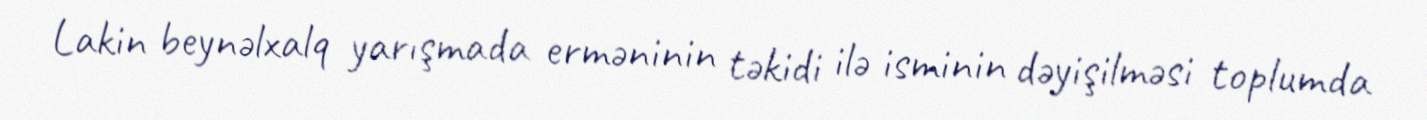
Lakin beynəlxalq yarışmada erməninin təkidi ilə isminin dəyişilməsi toplumda